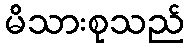
မိသားစုသည်